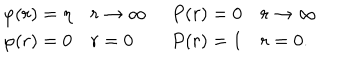
LaTeX: \begin{array} { l l } { { \begin{array} { l l } { { \varphi ( r ) = \eta } } & { { r \rightarrow \infty } } \\ { { \varphi ( r ) = 0 } } & { { r = 0 } } \\ \end{array} } } & { { \begin{array} { l l } { { P ( r ) = 0 } } & { { r \rightarrow \infty } } \\ { { P ( r ) = 1 } } & { { r = 0 . } } \\ \end{array} } } \\ \end{array}